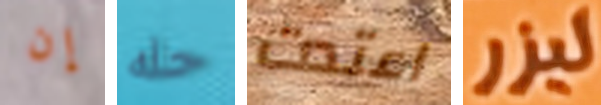
إن حله اعتدت ليزر